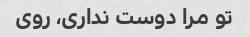
تو مرا دوست نداری، روی